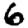
Digit: 6